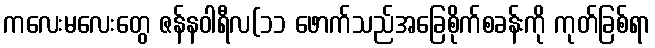
ကလေးမလေးတွေ ဇန်နဝါရီလ(၁၁ ဖောက်သည်အခြေစိုက်စခန်းကို ကုတ်ခြစ်ရာ